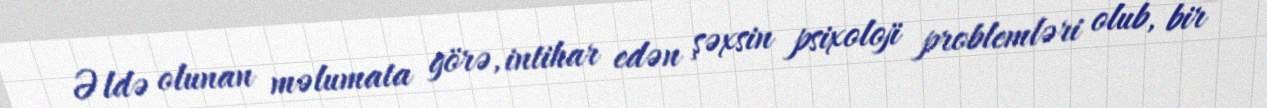
Əldə olunan məlumata görə, intihar edən şəxsin psixoloji problemləri olub, bir